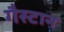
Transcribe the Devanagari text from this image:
गैस्टान